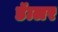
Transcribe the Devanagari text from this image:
डॅालर